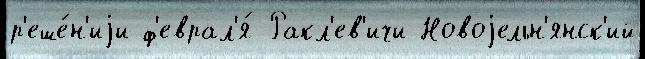
р'еше́н'иjи ф'еврал'я́ Ракл'ев'ичи Новоjельн'янск'ий